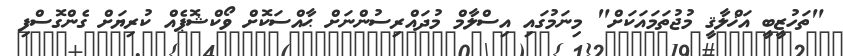
"ތަހުޒީބީ އަޚްލާޤީ މުޖުތަމައަކަށް" މިނަމުގައި އިސްލާމް މުދައްރިސުންނަށް ޙާއްސަކޮށް ވޯކްޝޮޕެއް ކުރިޔަށް ގެންގޮސްފި